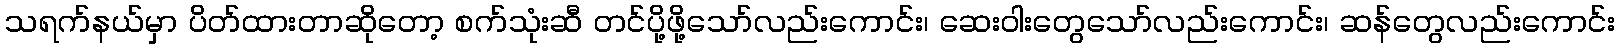
သရက်နယ်မှာ ပိတ်ထားတာဆိုတော့ စက်သုံးဆီ တင်ပို့ဖို့သော်လည်းကောင်း၊ ဆေးဝါးတွေသော်လည်းကောင်း၊ ဆန်တွေလည်းကောင်း